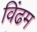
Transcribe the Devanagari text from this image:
विंढम